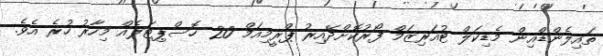
ތައިލެންޑްއިން މެޑިކަލް ޓުއަރިޒަމް ފޯރުކޮށްދޭއިރު ޕްރީމިއަމް 20 ހޮސްޕިޓަލެއް މިހާރު ހުރެ އެވެ.